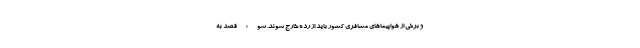
و برخی از هواپیماهای مسافری کشور باید از رده خارج شوند. سوء قصد به